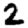
Digit: 2